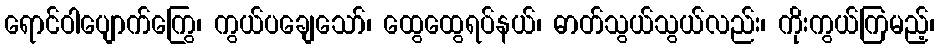
ရောင်ဝါပျောက်ကြွေ၊ ကွယ်ပချေသော်၊ ထွေထွေရပ်နယ်၊ ဓာတ်သွယ်သွယ်လည်း၊ ကိုးကွယ်ကြမည့်၊